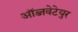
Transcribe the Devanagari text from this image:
ऑब्जवेटेयुर